Riigikantselei, lk 138
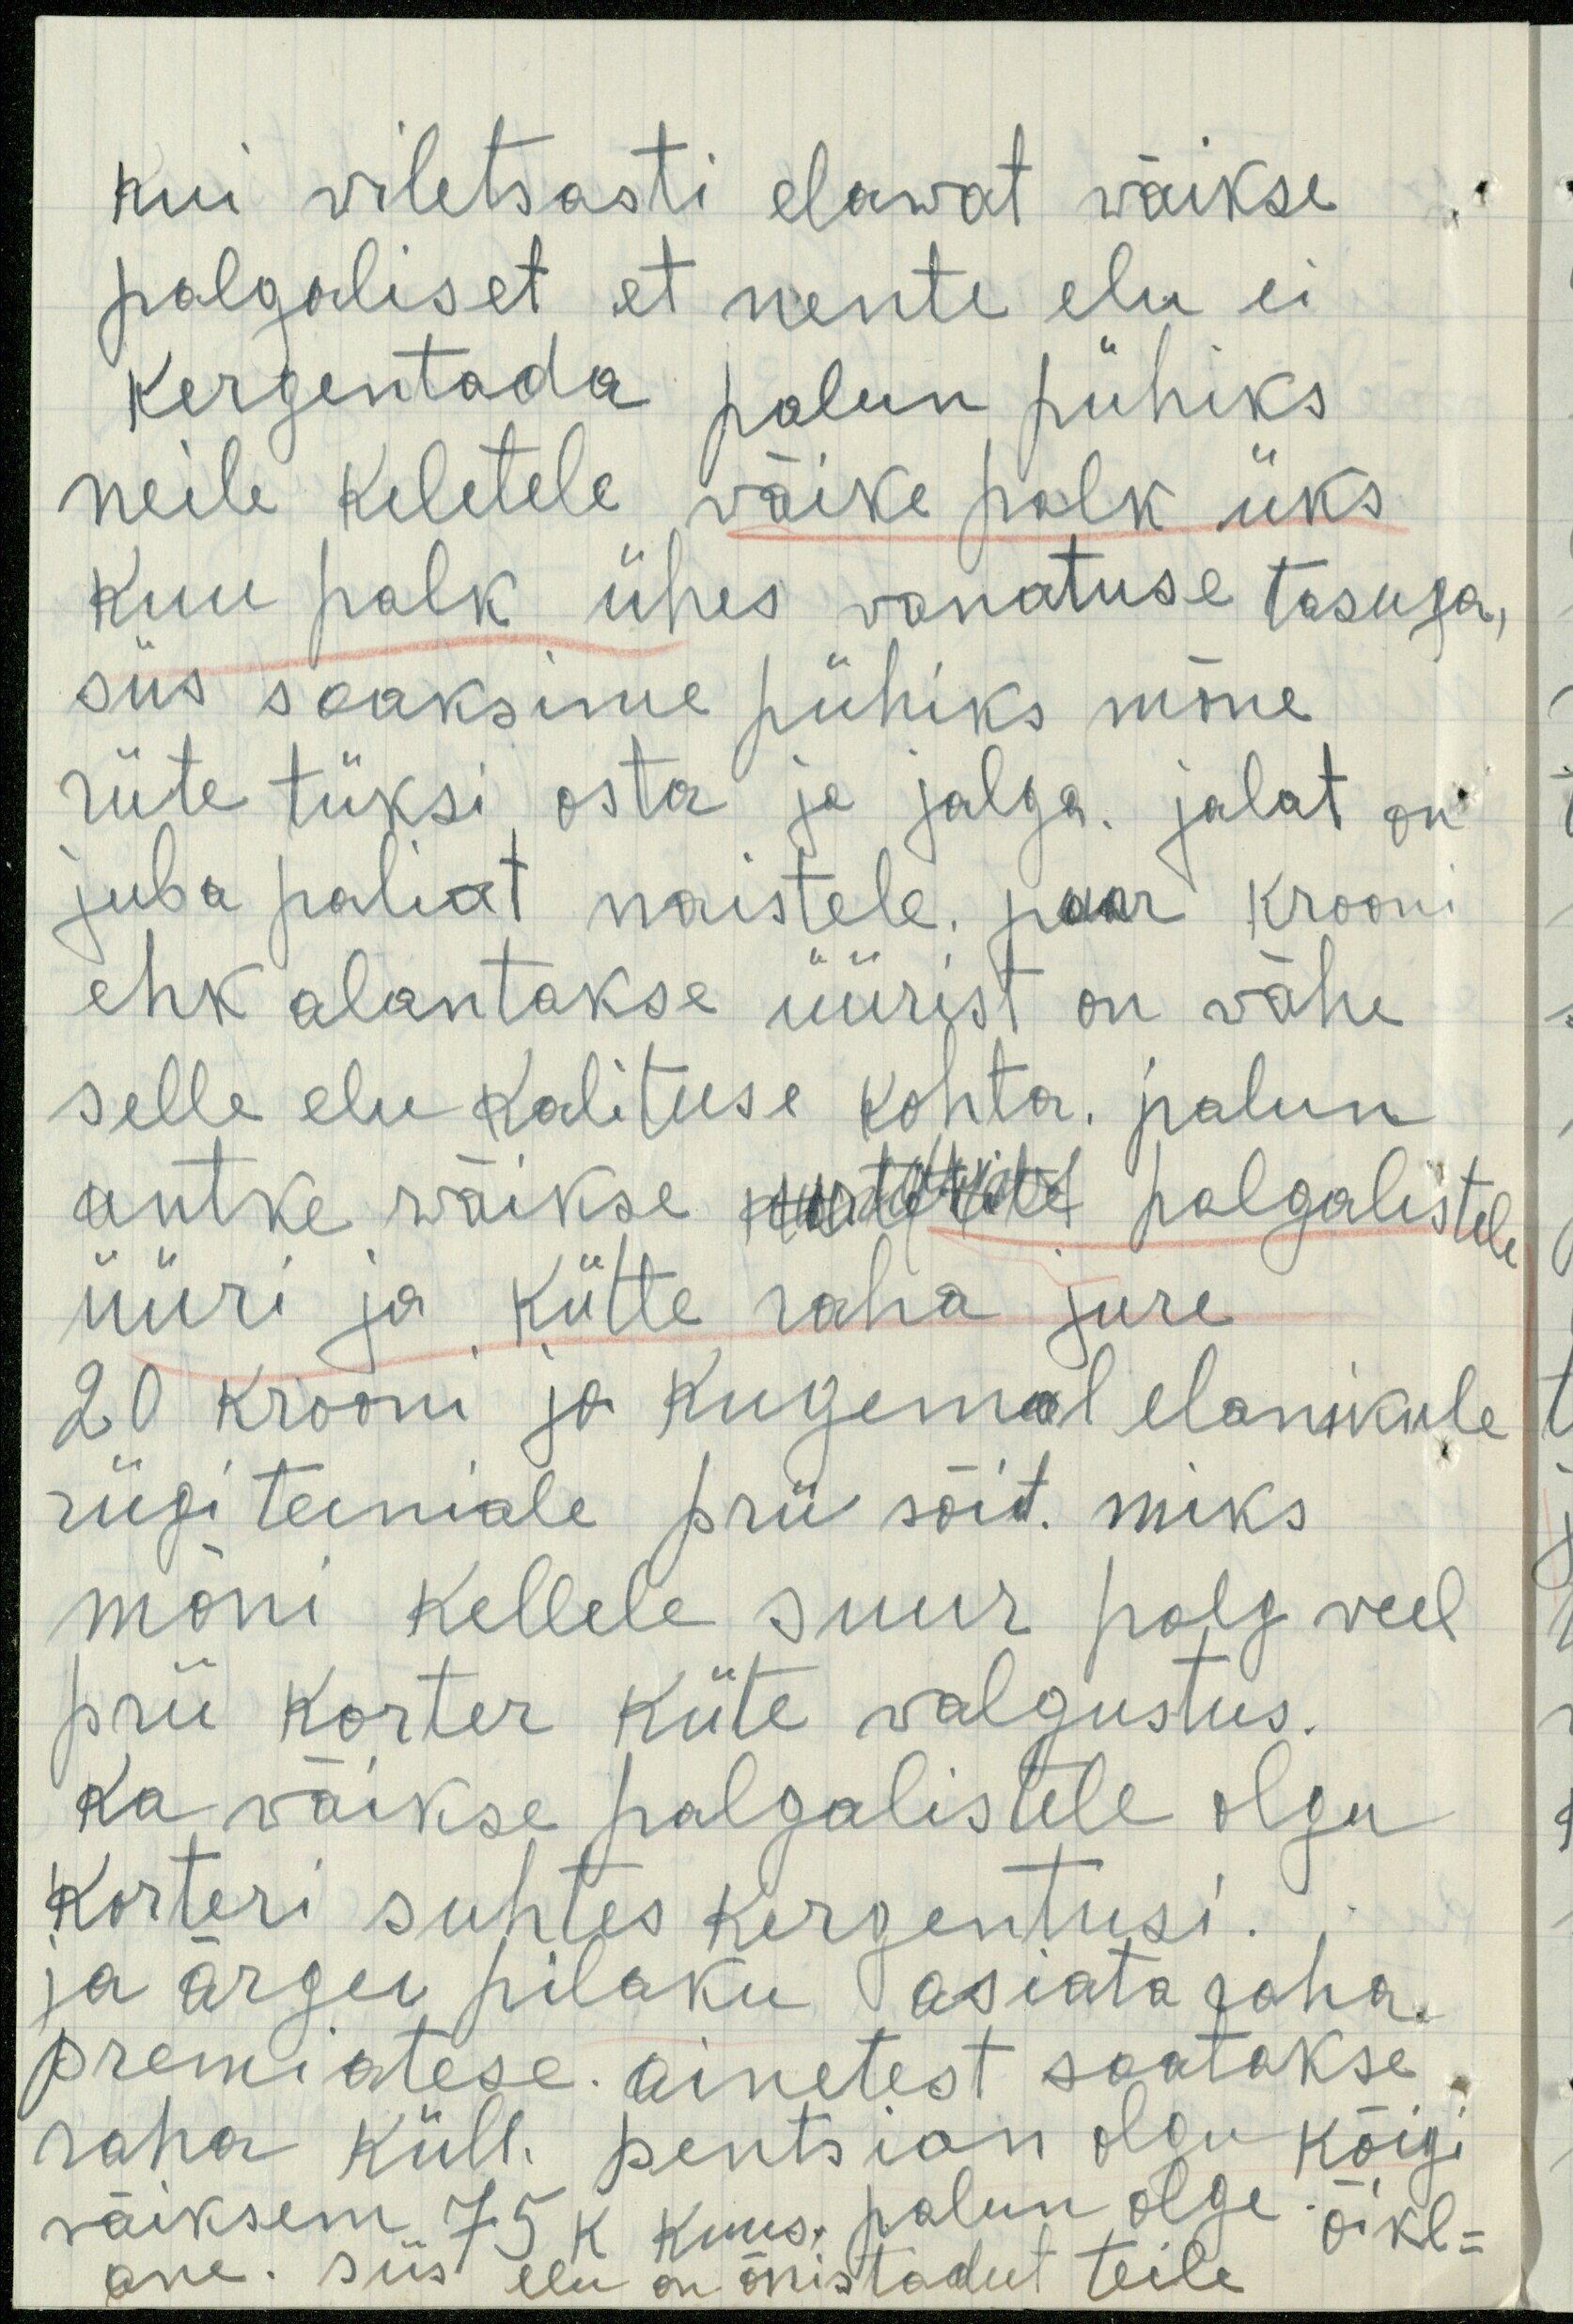
kui viletsasti elawat väikse
palgaliset et nente elu ei
kergentada palun pühiks
neile keletele väike palk üks
kuu palk ühes vanatuse tasuga,
siis saaksime pühiks mõne
riite tüksi osta ja jalga. jalat on
juba paliat naistele. paar krooni
ehk alantakse üürist on vähe
selle elu kalituse kohta. palun
antke wäikse matti palgalistele
üüri ja kütte raha jure
20 krooni ja kugemal elanikule
riigi teeniale prii sõit. miks
mõni kellele suur palg veel
prii korter küte valgustus.
ka väikse palgalistele olgu
korteri suhtes kergentusi.
ja ärgu pilaku asiata raha.
premiatese. ainetest saatakse
raha küll. pentsion olgu kõigi
väiksem 75 k kuus, palun olge õikl-
ane. Siis elu on õnistadut teile